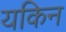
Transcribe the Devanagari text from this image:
यकिन